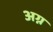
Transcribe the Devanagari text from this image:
अग्न